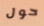
حول